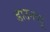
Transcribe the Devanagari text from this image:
डाउनव्यू